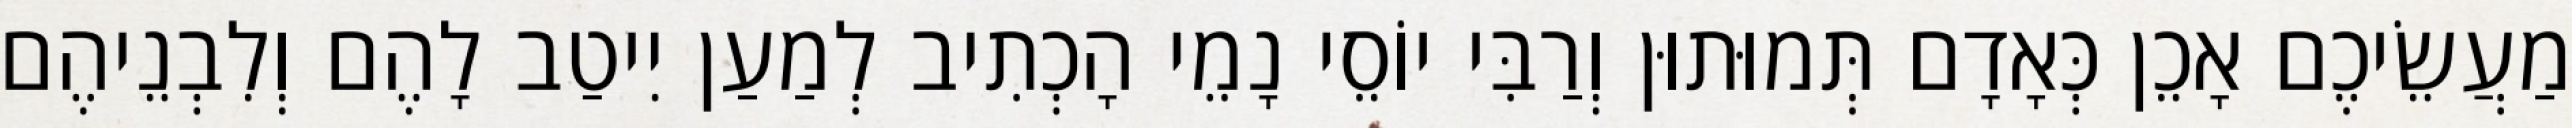
מַעֲשֵׂיכֶם אָכֵן כְּאָדָם תְּמוּתוּן וְרַבִּי יוֹסֵי נָמֵי הָכְתִיב לְמַעַן יִיטַב לָהֶם וְלִבְנֵיהֶם